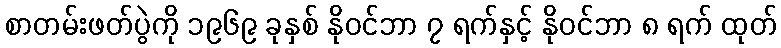
စာတမ်းဖတ်ပွဲကို ၁၉၆၉ ခုနှစ် နိုဝင်ဘာ ၇ ရက်နှင့် နိုဝင်ဘာ ၈ ရက် ထုတ်